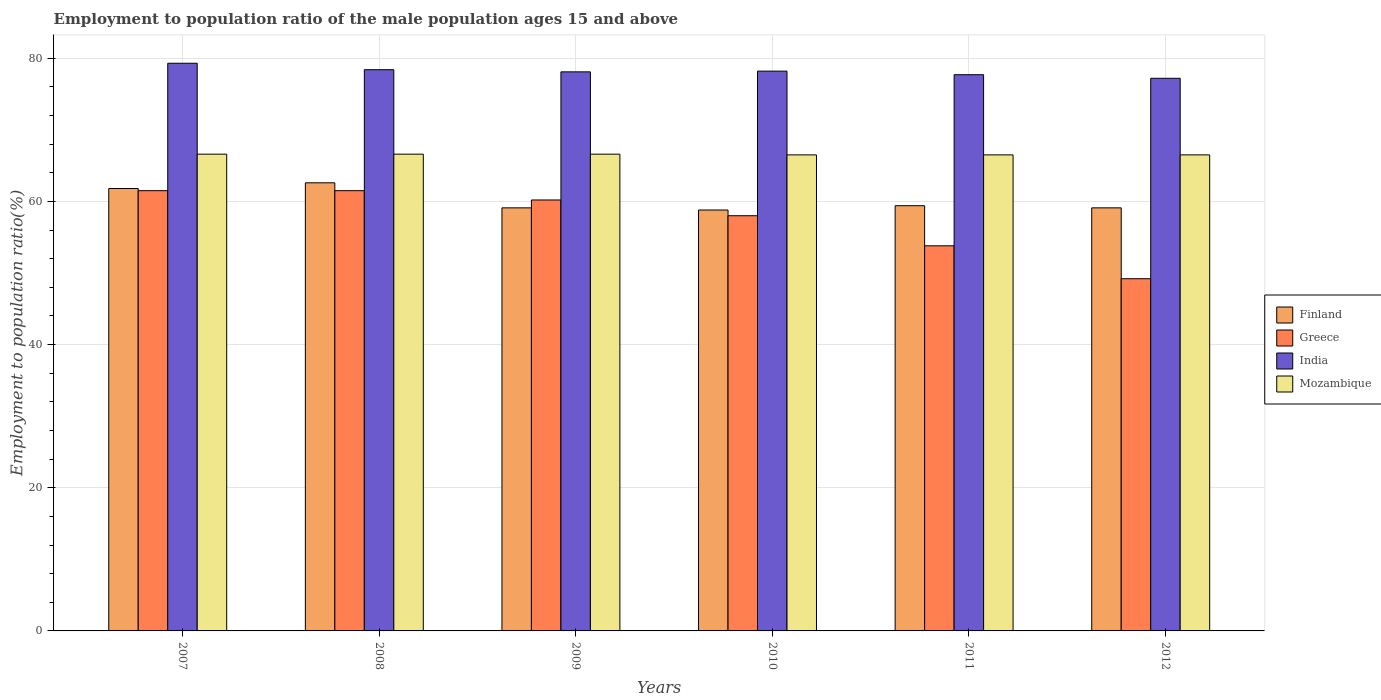
| Years | Finland | Greece | India | Mozambique |
 | --- | --- | --- | --- | --- |
 | 2007 | 61.8 | 61.5 | 79.3 | 66.6 |
 | 2008 | 62.6 | 61.5 | 78.4 | 66.6 |
 | 2009 | 59.1 | 60.2 | 78.1 | 66.6 |
 | 2010 | 58.8 | 58 | 78.2 | 66.5 |
 | 2011 | 59.4 | 53.8 | 77.7 | 66.5 |
 | 2012 | 59.1 | 49.2 | 77.2 | 66.5 |